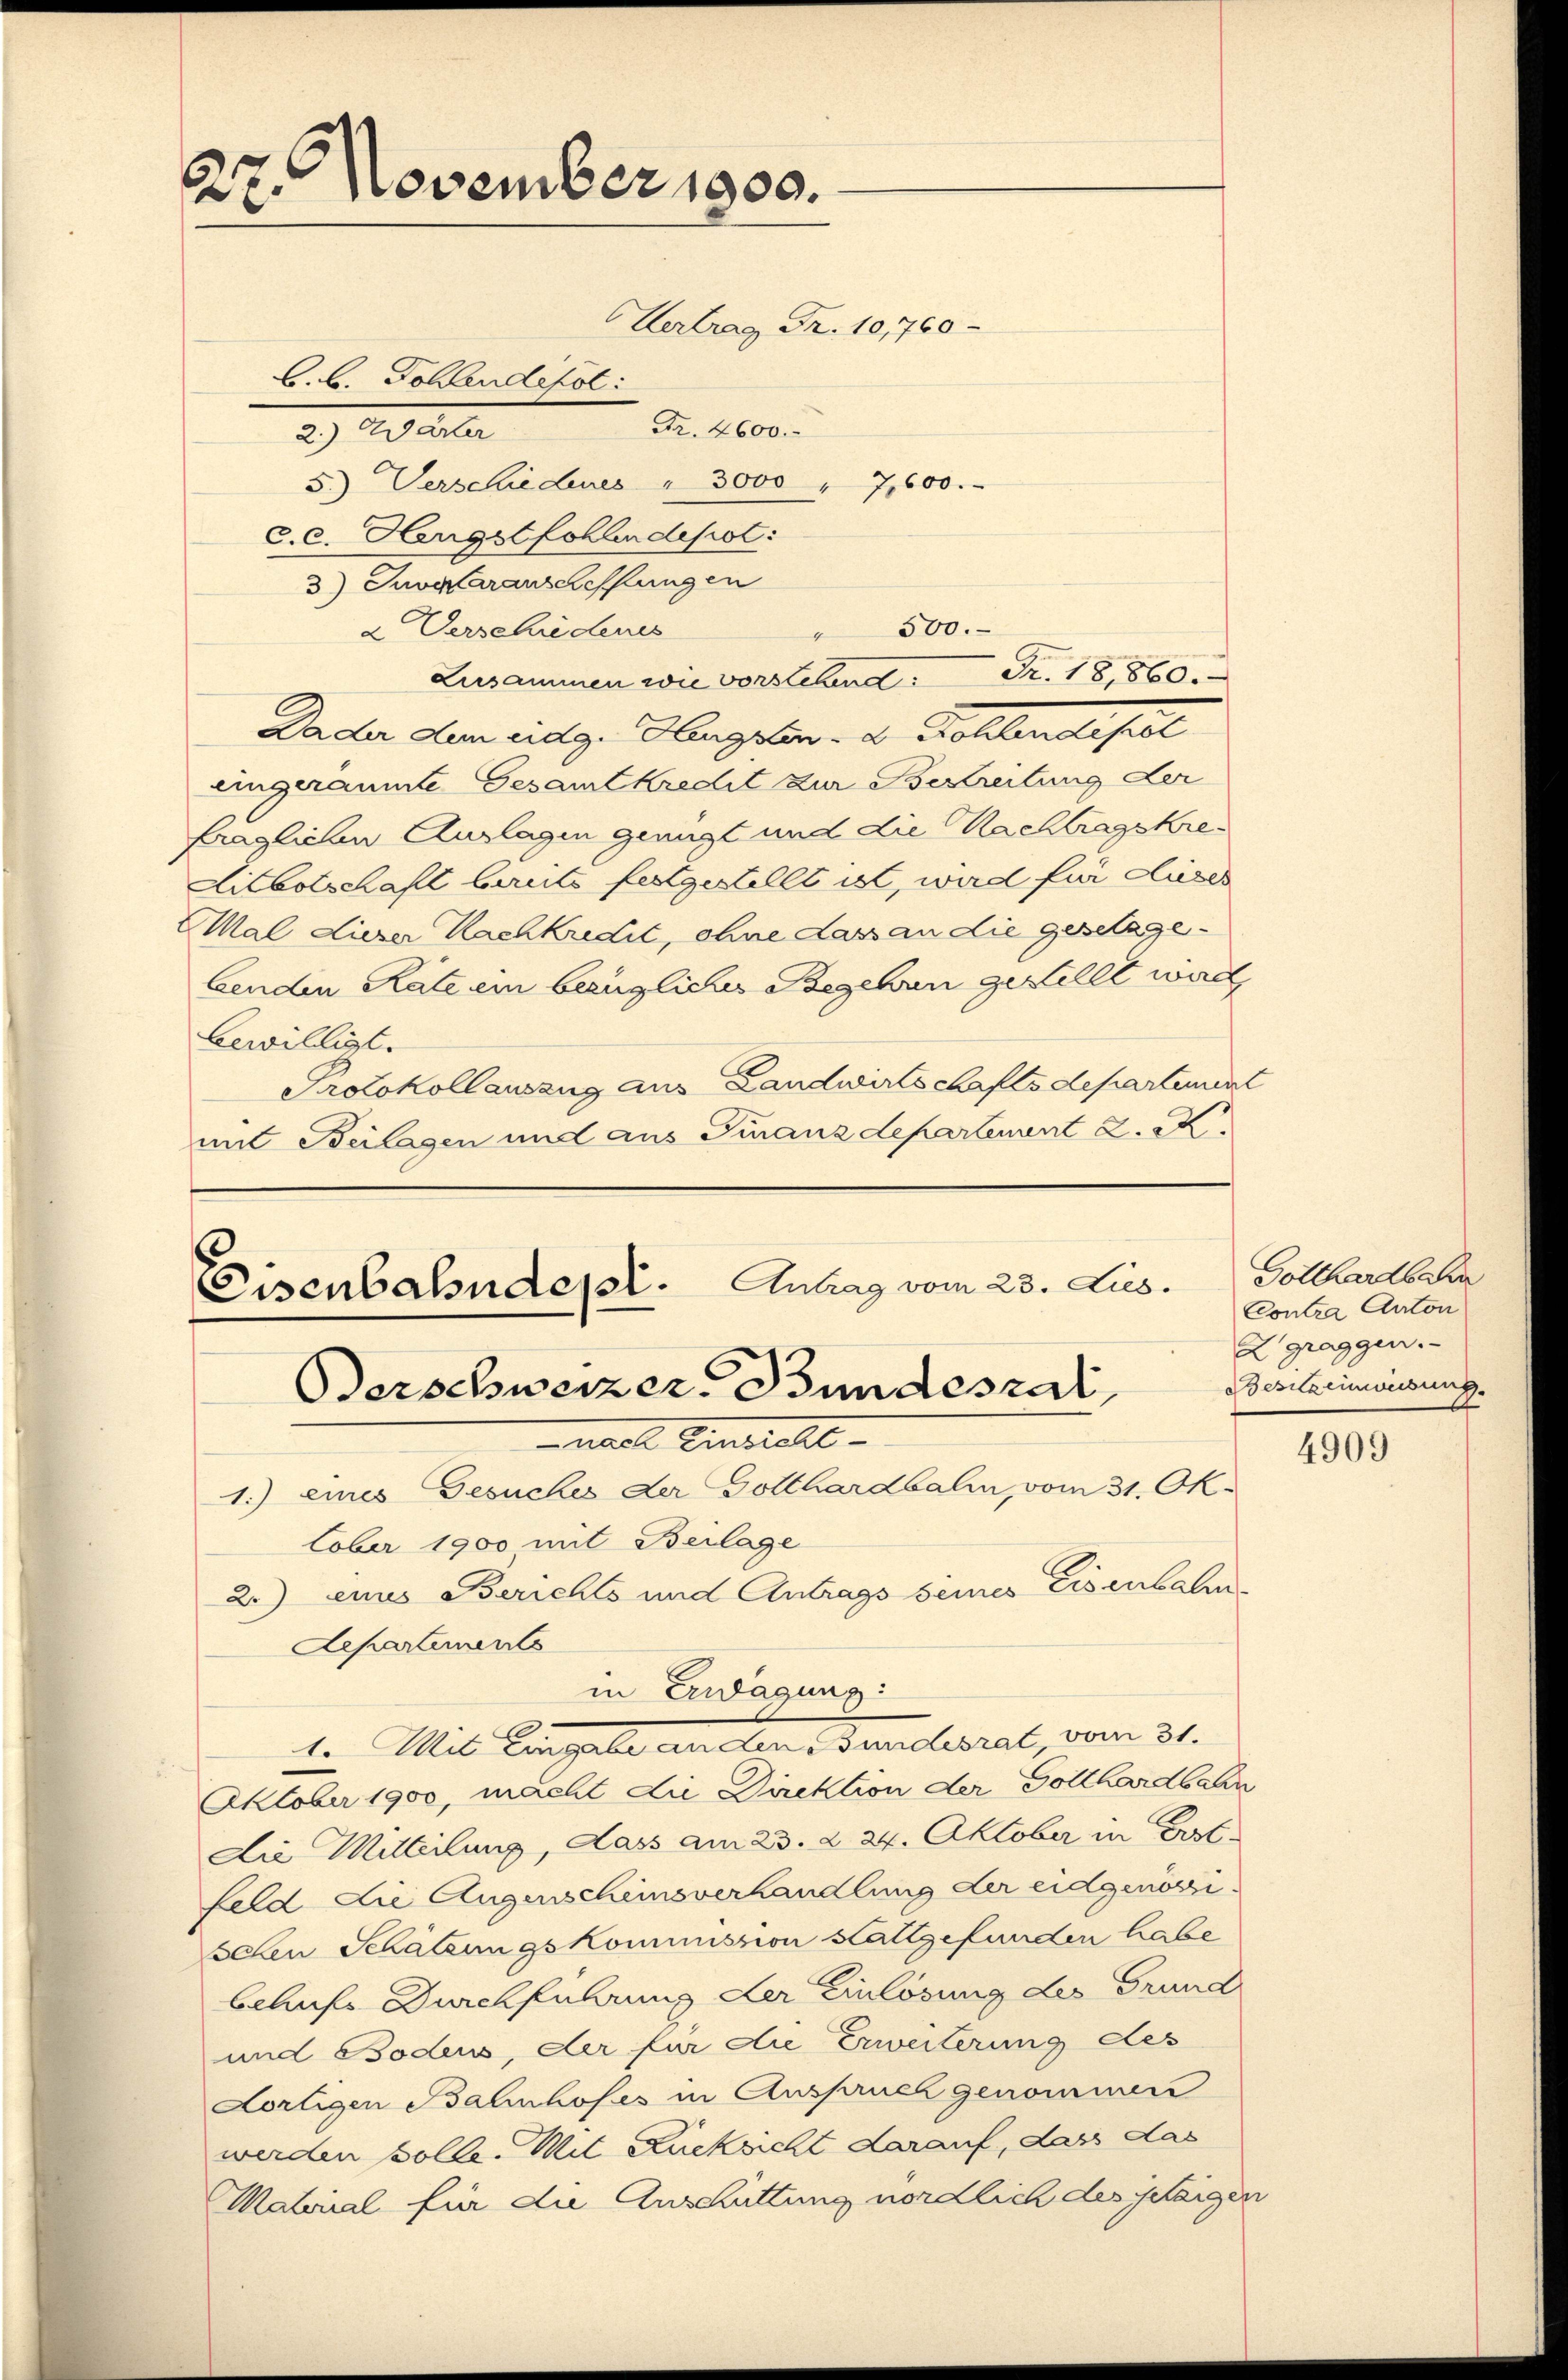
27. November 1900.
Vertrag Fr. 10,760-

L.B. Follendefol
Fr. 4600.
2.) Wärter
5.) Verschiedenes " 3000 " 7,600.
c.C. Harigst follendepot:
3) Juvatarauscheffungen
2 Verschiedenes
Dader dem eidg. Hergeben - u. Profilendesst
eingeräumte Gesamtkredit zur Bestreitung der
fraglichen Auslagen genügt und die Nachtragskre-
Litbotschaft bereits festgestellt ist, wird für dieses
Mal dieser Nachkredit, ohne dass an die gesetage
benden Rate ein bezügliches Begehrn gestellt wird,
bewilligt.
Protokollauszug aus Landwirtschaftsdepartement
mit Beilagen und aus Finanzdepartement 2. M

500.
Lusammen von vorstehend Fr. 18,860.

Eisenbahndepl. Antrag vom 23. Lus.
Verschweizer. Bundesrat

nall Einsicht
1.) eines Gesuches der Gotthardbali, vom 31. Ok-
Cober 1900 mit Beilage
2.) eines Berichts und Antrags seines Eisenbahn¬
Aepartements
1. Mit Eingale auchen Sanclarat, vom 31.
Oktober 1900, macht die Direktion der Gotthardbahn
Die Mitteilung, dass am 23. d. 24. Oktober in Post-
feld die Augenscheinsverhandlung der eidgenössisehen Schätzungskommission stattgefunden habe
behufs Durchführung der Einlösung des Grund
und Bodens, der für die Erweiterung des
Kortigen Bahnhofes in Anspruch genommen
werden solle. Mit Rücksicht darauf, dass das
Matorial für die Anschüttung nördlich des jetzigen

in Erwägung:

Gotthardbahn
Contra Auton
Zgraggen.
Besitzeinweisung.

4909